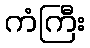
ကံကြီး